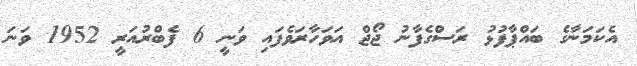
އެކަމަނާގެ ބައްޕާފުޅު ރަސްގެފާނު ޖޯޖް އަވަހާރަވެފައި ވަނީ 6 ފެބްރުއަރީ 1952 ވަނަ